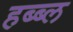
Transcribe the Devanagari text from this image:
हब्ब्ल